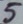
Text: 5